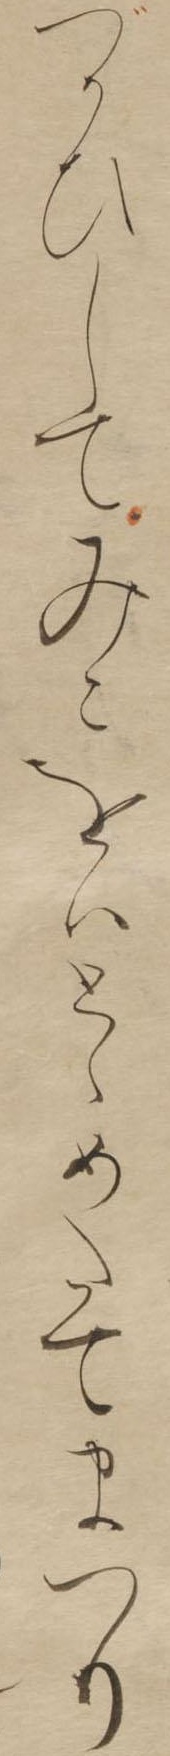
づかひしてみこをはとゝめたてまつり